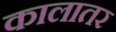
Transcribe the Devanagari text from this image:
कालातर